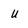
Character: U